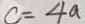
c = 4 a